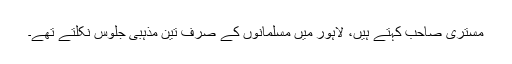
مستری صاحب کہتے ہیں، لاہور میں مسلمانوں کے صرف تین مذہبی جلوس نکلتے تھے۔